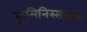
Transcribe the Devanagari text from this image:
कृमिनिस्सारक